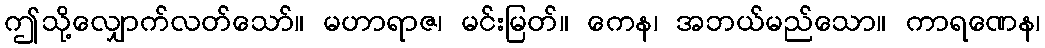
ဤသို့လျှောက်လတ်သော်။ မဟာရာဇ၊ မင်းမြတ်။ ကေန၊ အဘယ်မည်သော။ ကာရဏေန၊